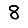
Digit: 8